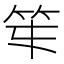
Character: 𥫻